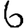
Digit: 6